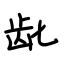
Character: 龀